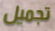
تجميل